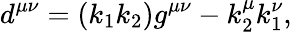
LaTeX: d^{\mu\nu}=(k_{1}k_{2})g^{\mu\nu}-k_{2}^{\mu}k_{1}^{\nu},